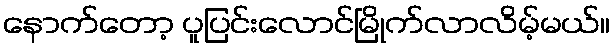
နောက်တော့ ပူပြင်းလောင်မြိုက်လာလိမ့်မယ်။